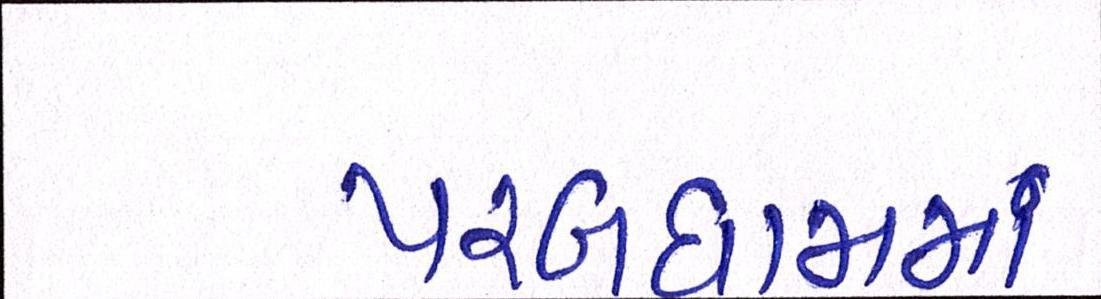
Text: પરબધામમાં